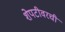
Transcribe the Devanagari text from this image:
शेपटीवरची